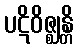
ပဋိဝိဇ္ဈန္တိ